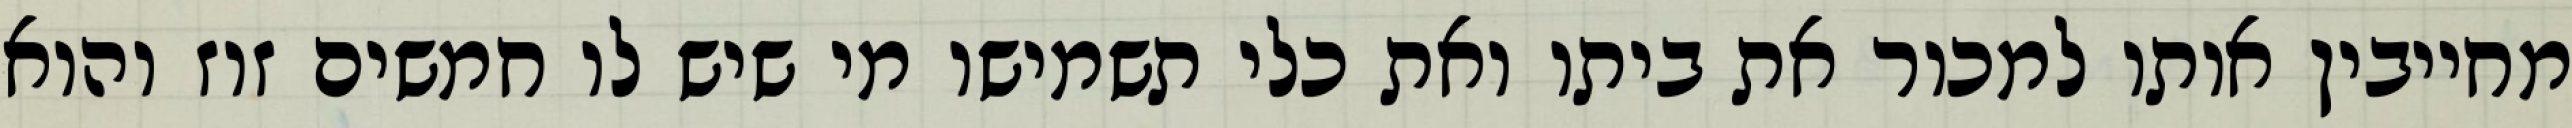
מחייבין אותו למכור את ביתו ואת כלי תשמישו מי שיש לו חמשים זוז והוא